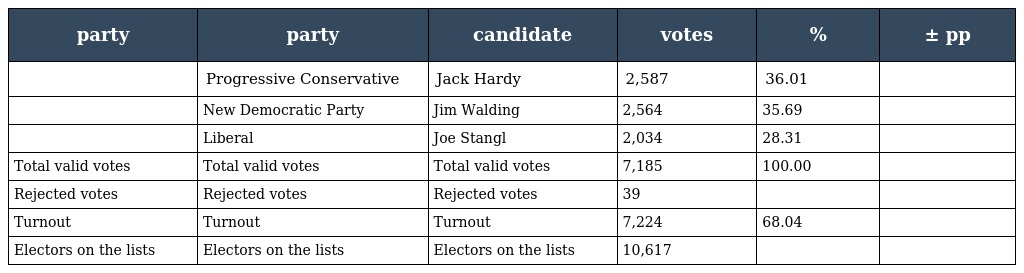
| party | party | candidate | votes | % | ± pp |
 | --- | --- | --- | --- | --- | --- |
 |  | Progressive Conservative | Jack Hardy | 2,587 | 36.01 |  |
 |  | New Democratic Party | Jim Walding | 2,564 | 35.69 |  |
 |  | Liberal | Joe Stangl | 2,034 | 28.31 |  |
 | Total valid votes | Total valid votes | Total valid votes | 7,185 | 100.00 |  |
 | Rejected votes | Rejected votes | Rejected votes | 39 |  |  |
 | Turnout | Turnout | Turnout | 7,224 | 68.04 |  |
 | Electors on the lists | Electors on the lists | Electors on the lists | 10,617 |  |  |